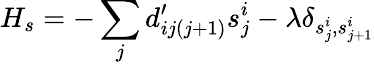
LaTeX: H_{s}=-\sum_{j}d_{ij(j+1)}^{\prime}s_{j}^{i}-\lambda\delta_{s_{j}^{i},s_{j+1}^{i}}